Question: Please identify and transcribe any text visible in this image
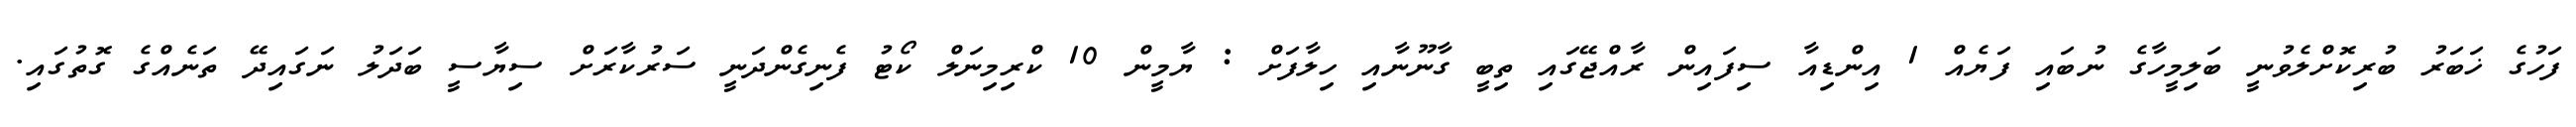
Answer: ފަހުގެ ޚަބަރު ބުރިކޮށްލެވުނީ ބަލިމީހާގެ ނުބައި ފަޔެއް 1 އިންޑިއާ ސިފައިން ރާއްޖޭގައި ތިބީ ގާނޫނާއި ހިލާފަށް : ޔާމީން 10 ކްރިމިނަލް ކޯޓު ފެނިގެންދަނީ ސަރުކާރަށް ސިޔާސީ ބަދަލު ނަގައިދޭ ތަނެއްގެ ގޮތުގައި.